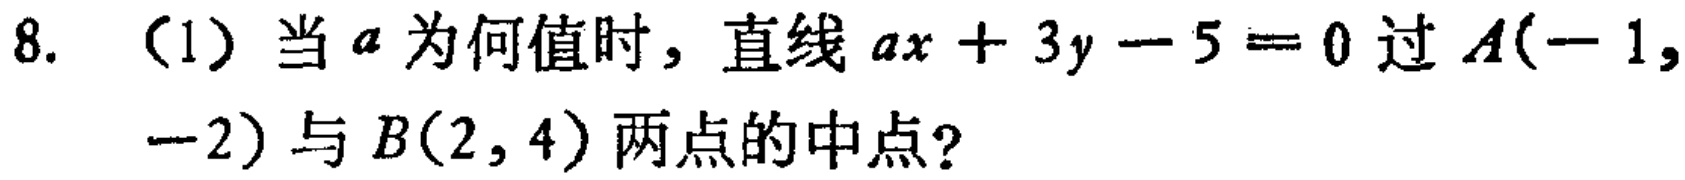
8. （1）当\(a\)为何值时，直线\(ax + 3y - 5 = 0\)过\(A(-1, -2)\)与\(B(2, 4)\)两点的中点？